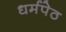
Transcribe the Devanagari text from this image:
धर्मपेठ